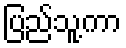
ပြည်သူ့ကာ